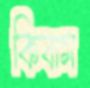
কিবাম